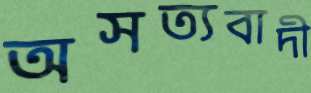
অসত্যবাদী